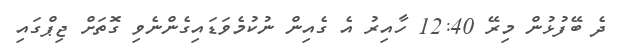
ދެ ބޭފުޅުން މިރޭ 12:40 ހާއިރު އެ ގެއިން ނުކުމެވަޑައިގެންނެވި ގޮތަށް ޖިޕްގައި